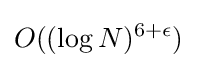
O((\log N)^{6+\epsilon })